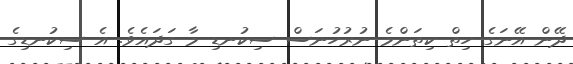
ދޭން އޭނަގެ ހިތް ކިތަންމެ ނުރުހުނަސް ސިކުނޑި މާ ގަދައެވެ. އެ ސިކުނޑިގެ